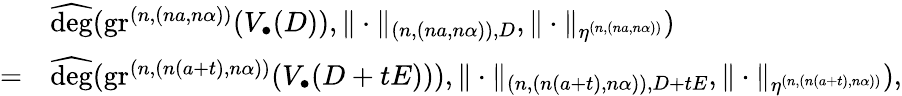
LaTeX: \begin{array}{rl}&{\widehat{\deg}(\operatorname{gr}^{(n,(na,n\alpha))}(V_{\bullet}(D)),\| \cdot\| _{(n,(na,n\alpha)),D},\| \cdot\| _{\eta^{(n,(na,n\alpha))}})}\\ {=}&{\widehat{\deg}(\operatorname{gr}^{(n,(n(a+t),n\alpha))}(V_{\bullet}(D+tE))),\| \cdot\| _{(n,(n(a+t),n\alpha)),D+tE},\| \cdot\| _{\eta^{(n,(n(a+t),n\alpha))}}),}\end{array}